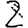
Digit: 2